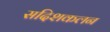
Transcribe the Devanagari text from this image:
सदिशकलन